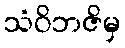
သံဝိဘဇိမှ